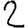
Digit: 2